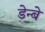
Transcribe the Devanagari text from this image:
डेन्बे